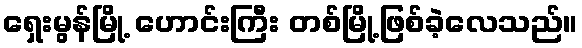
ရှေးမွန်မြို့ ဟောင်းကြီး တစ်မြို့ဖြစ်ခဲ့လေသည်။